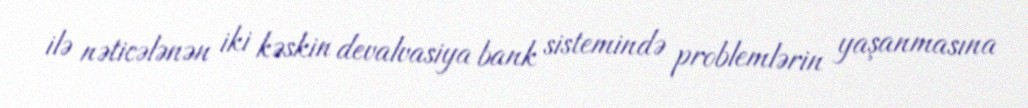
ilə nəticələnən iki kəskin devalvasiya bank sistemində problemlərin yaşanmasına